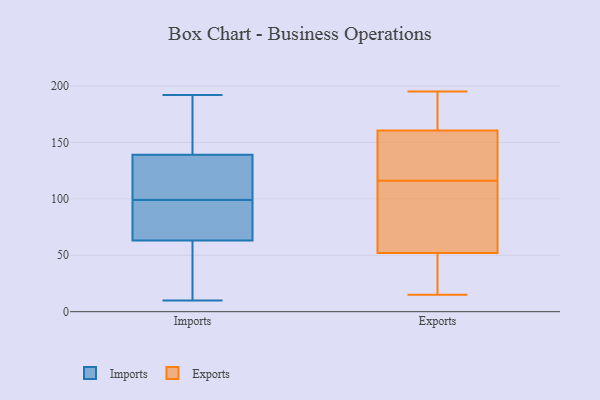
{"axis": {"x": "Energy Usage (MWh)", "y": "Value"}, "legend": ["Exports", "Imports"], "data": [{"x": "", "y": 106, "type": "Imports"}, {"x": "", "y": 60, "type": "Imports"}, {"x": "", "y": 192, "type": "Imports"}, {"x": "", "y": 92, "type": "Imports"}, {"x": "", "y": 61, "type": "Imports"}, {"x": "", "y": 10, "type": "Imports"}, {"x": "", "y": 130, "type": "Imports"}, {"x": "", "y": 65, "type": "Imports"}, {"x": "", "y": 172, "type": "Imports"}, {"x": "", "y": 144, "type": "Imports"}, {"x": "", "y": 85, "type": "Imports"}, {"x": "", "y": 134, "type": "Imports"}, {"x": "", "y": 120, "type": "Exports"}, {"x": "", "y": 147, "type": "Exports"}, {"x": "", "y": 23, "type": "Exports"}, {"x": "", "y": 187, "type": "Exports"}, {"x": "", "y": 133, "type": "Exports"}, {"x": "", "y": 38, "type": "Exports"}, {"x": "", "y": 97, "type": "Exports"}, {"x": "", "y": 66, "type": "Exports"}, {"x": "", "y": 112, "type": "Exports"}, {"x": "", "y": 195, "type": "Exports"}, {"x": "", "y": 174, "type": "Exports"}, {"x": "", "y": 15, "type": "Exports"}]}